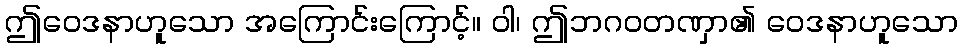
ဤဝေဒနာဟူသော အကြောင်းကြောင့်။ ဝါ၊ ဤဘဂဝတဏှာ၏ ဝေဒနာဟူသော